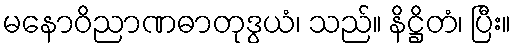
မနောဝိညာဏဓာတုဒွယံ၊ သည်။ နိဋ္ဌိတံ၊ ပြီး။